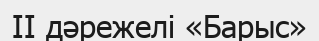
II дәрежелі «Барыс»